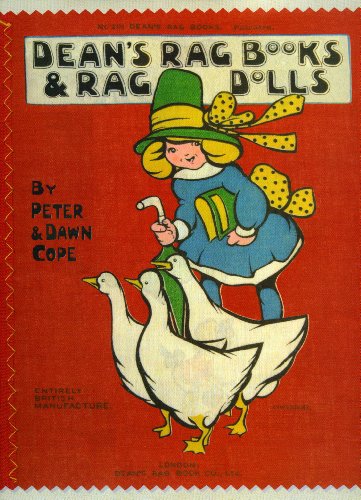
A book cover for Dean's Rag Books & Rag Dolls: The Products of a Famous British Publisher and Toymaker; Peter Cope; Crafts, Hobbies & Home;